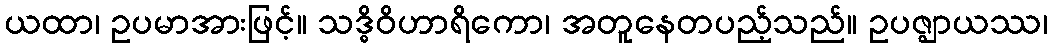
ယထာ၊ ဥပမာအားဖြင့်။ သဒ္ဓိဝိဟာရိကော၊ အတူနေတပည့်သည်။ ဥပဇ္ဈာယဿ၊